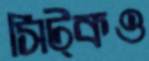
সিট্‌কও